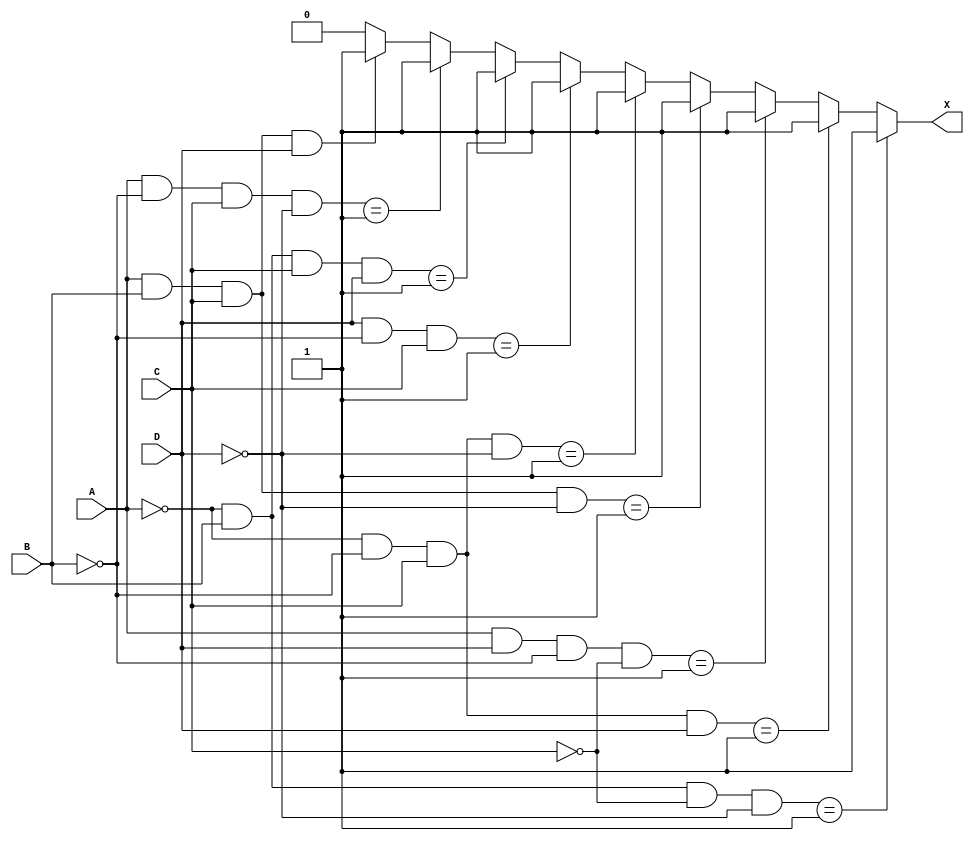
module Problem2(
    input A,
    input B,
    input C,
    input D,
    output reg X
    );
    
    always @ (A or B or C or D)
        begin
            if ((~A & B & ~C & ~D) == 1)
                X = 1;
            else if ((~A & ~B & C & D) == 1)
                X = 1;
            else if ((A & D & ~B & ~C) == 1)
                X = 1;
            else if ((A & B & C & ~D) == 1)
                X = 1;
            else if ((~A & ~B & C & ~D) == 1)
                X = 1;
            //else if ((A & D & ~ B & C) == 1)
                //X = 1;
            else if ((D & ~B & C) == 1)
                X = 1;
            else if ((~A & B & C & D) == 1)
                X = 1;
            else if ((A & ~B & C & ~D) == 1)
                X = 1;
            else if ((~A & ~B & C & ~D) == 1)
                X = 1;
            else if ((A & B & C & D) == 1)
                X = 1;
            else
                X = 0;
        end
        
endmodule